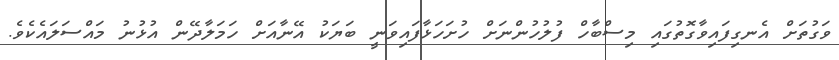
ވަގުތަށް އެނގިފައިވާގޮތުގައި މިސްބާހް ފުލުހުންނަށް ހުށަހަޅާފައިވަނީ ބަޔަކު އޭނާއަށް ހަމަލާދޭން އުޅުނު މައްސަލައެކެވެ.